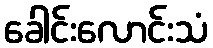
ခေါင်းလောင်းသံ